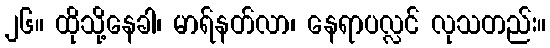
၂၆။ ထိုသို့နေခါ၊ မာရ်နတ်လာ၊ နေရာပလ္လင် လုသတည်း။